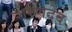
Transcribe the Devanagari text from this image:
शरणदेव